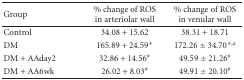
<table><thead><tr><td><b>Group</b></td><td><b>% change of ROS in arteriolar wall</b></td><td><b>% change of ROS in venular wall</b></td></tr></thead><tbody><tr><td>Control</td><td>34.08 + 15.62</td><td>38.31 + 18.71</td></tr><tr><td>DM</td><td>165.89 + 24.59<i>*</i></td><td>172.26 ± 34.70<sup>∗,a</sup></td></tr><tr><td>DM + AAday2</td><td>32.86 + 14.56<sup>#</sup></td><td>49.59 ± 21.26<sup>#</sup></td></tr><tr><td>DM + AA6wk</td><td>26.02 + 8.03<sup>#</sup></td><td>49.91 ± 20.10<sup>#</sup></td></tr></tbody></table>